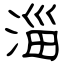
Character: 淄